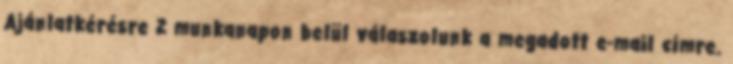
Ajánlatkérésre 2 munkanapon belül válaszolunk a megadott e-mail címre.